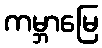
ကမ္ဘာမြေ